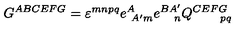
G ^ { A B C E F G } = \varepsilon ^ { m n p q } e _ { \ A ^ { \prime } m } ^ { A } e _ { \quad n } ^ { B A ^ { \prime } } Q _ { \qquad p q } ^ { C E F G } \label B